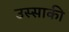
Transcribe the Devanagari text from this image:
उस्साकी